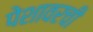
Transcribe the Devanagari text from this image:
पेशावरची